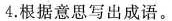
4.根据意思写出成语。